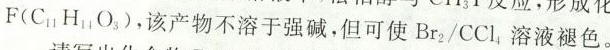
F（C_{11}H_{14}O_{3}）,该产物不溶于强碱，但可使Br_{2}/CCl_{4}溶液褪色。